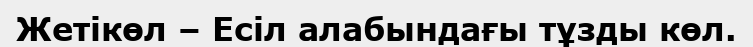
Жетікөл – Есіл алабындағы тұзды көл.